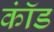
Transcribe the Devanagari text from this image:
कॉंड